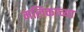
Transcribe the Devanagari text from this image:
मलिकाच्या